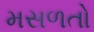
મસળતો